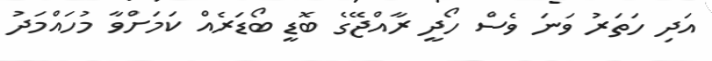
އަދި ހަތަރު ވަނަ ވެސް ހޯދީ ރާއްޖޭގެ ބޮޑީ ބޯޑަރެއް ކަމަށްވާ މުހައްމަދު